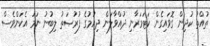
ތުއްތު ކުދިން ގޮވައިގެން ކަޓަމަރާނި ދުއްވާލަން ދިއުމުގެ ފުރުޞަތު ލިބުނު ނަމަ އެކަންވެސް